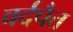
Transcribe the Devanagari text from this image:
वर्दपैत